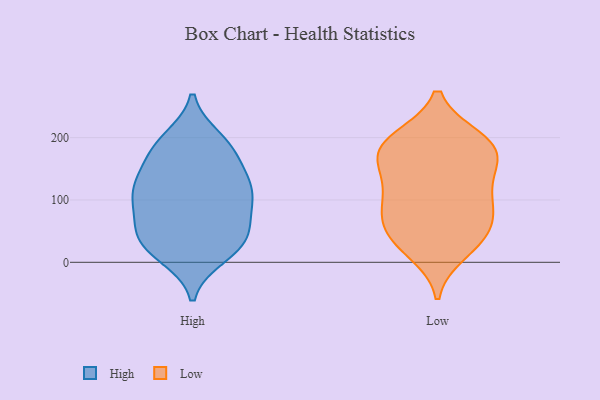
{"axis": {"x": "Humidity (%)", "y": "Value"}, "legend": ["High", "Low"], "data": [{"x": "", "y": 107, "type": "High"}, {"x": "", "y": 155, "type": "High"}, {"x": "", "y": 39, "type": "High"}, {"x": "", "y": 118, "type": "High"}, {"x": "", "y": 192, "type": "High"}, {"x": "", "y": 77, "type": "High"}, {"x": "", "y": 131, "type": "High"}, {"x": "", "y": 10, "type": "High"}, {"x": "", "y": 27, "type": "High"}, {"x": "", "y": 113, "type": "High"}, {"x": "", "y": 86, "type": "High"}, {"x": "", "y": 37, "type": "High"}, {"x": "", "y": 198, "type": "High"}, {"x": "", "y": 44, "type": "High"}, {"x": "", "y": 182, "type": "High"}, {"x": "", "y": 105, "type": "High"}, {"x": "", "y": 133, "type": "High"}, {"x": "", "y": 15, "type": "High"}, {"x": "", "y": 56, "type": "High"}, {"x": "", "y": 180, "type": "High"}, {"x": "", "y": 136, "type": "Low"}, {"x": "", "y": 164, "type": "Low"}, {"x": "", "y": 82, "type": "Low"}, {"x": "", "y": 179, "type": "Low"}, {"x": "", "y": 87, "type": "Low"}, {"x": "", "y": 198, "type": "Low"}, {"x": "", "y": 199, "type": "Low"}, {"x": "", "y": 53, "type": "Low"}, {"x": "", "y": 132, "type": "Low"}, {"x": "", "y": 35, "type": "Low"}, {"x": "", "y": 196, "type": "Low"}, {"x": "", "y": 31, "type": "Low"}, {"x": "", "y": 105, "type": "Low"}, {"x": "", "y": 16, "type": "Low"}, {"x": "", "y": 179, "type": "Low"}, {"x": "", "y": 91, "type": "Low"}, {"x": "", "y": 166, "type": "Low"}, {"x": "", "y": 56, "type": "Low"}]}